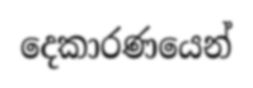
දෙකාරණයෙන්